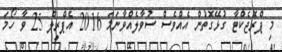
މި ޕްރޮޖެކްޓާ ގުޅޭގޮތުން އެއްވެސް ސުވާލެއްވާނަމަ 2016 އެޕްރީލް 25 ވާ ހޯމަ